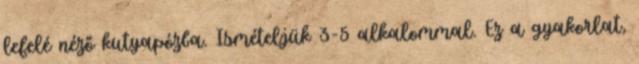
lefelé néző kutyapózba. Ismételjük 3-5 alkalommal. Ez a gyakorlat,